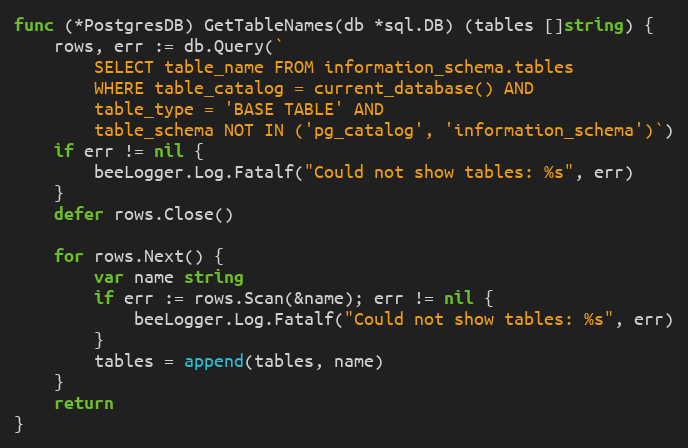
Language: Go
func (*PostgresDB) GetTableNames(db *sql.DB) (tables []string) {
	rows, err := db.Query(`
		SELECT table_name FROM information_schema.tables
		WHERE table_catalog = current_database() AND
		table_type = 'BASE TABLE' AND
		table_schema NOT IN ('pg_catalog', 'information_schema')`)
	if err != nil {
		beeLogger.Log.Fatalf("Could not show tables: %s", err)
	}
	defer rows.Close()

	for rows.Next() {
		var name string
		if err := rows.Scan(&name); err != nil {
			beeLogger.Log.Fatalf("Could not show tables: %s", err)
		}
		tables = append(tables, name)
	}
	return
}